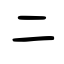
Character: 二